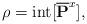
LaTeX: \begin{align*} \rho = {\rm int}[ \overline{\mathbf{P}}^{x}],\end{align*}